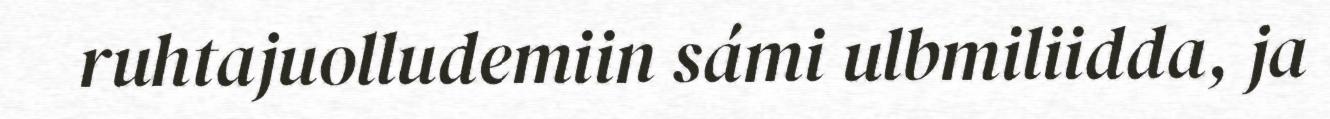
ruhtajuolludemiin sámi ulbmiliidda, ja